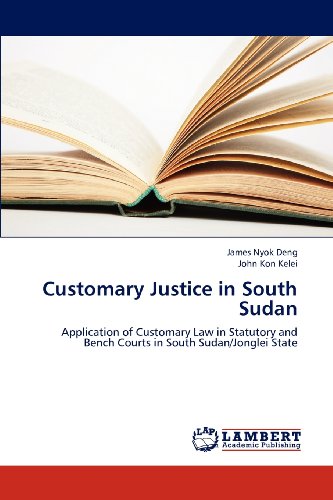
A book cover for Customary Justice in South Sudan: Application of Customary Law in Statutory and Bench Courts in South Sudan/Jonglei State; James Nyok Deng; Law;